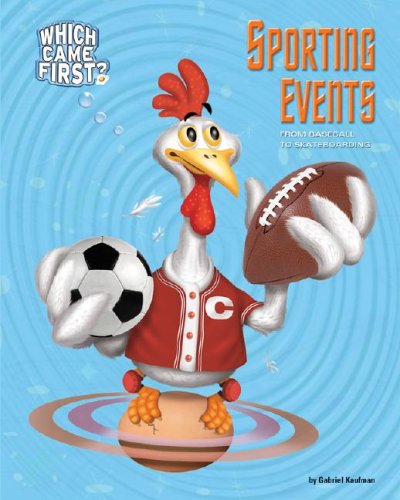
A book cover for Sporting Events: From Baseball to Skateboarding (Which Came First); Gabriel Kaufman; Sports & Outdoors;